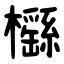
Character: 櫾